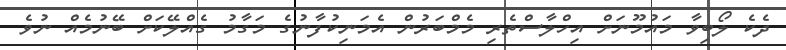
ދެކެ ލޯބިވާ މައުމޫނަށް އިހްލާސްތެރި މެމްބަރުން އެމަނިކުފާނުގެ މަގާމު ގެއްލޭކަށް ބޭނުމެއް ނުވެ